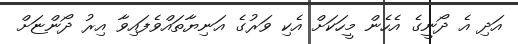
އަދި އެ ދޯނީގެ އެހެން މީހަކަށް އެކި ވަރުގެ އަނިޔާތައްވެފައިވާ އިރު ދޯންޏަށް